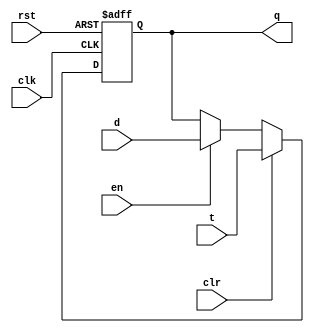
`timescale 1ns / 1ps


module pc #(parameter WIDTH = 8)(
	input wire clk,rst,en,clr,
	input wire[WIDTH-1:0] d,
	input wire[WIDTH-1:0] t,
	output reg[WIDTH-1:0] q
    );
	always @(posedge clk,posedge rst) begin
		if(rst) begin
			q <=  32'hbfc00000;
		end else if(clr) begin
			q <= t;
		end else if(en) begin
			/* code */
			q <= d;
		end
	end
endmodule